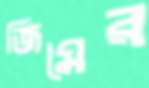
জিমের